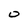
Character: 0